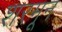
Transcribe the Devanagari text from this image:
शरमून